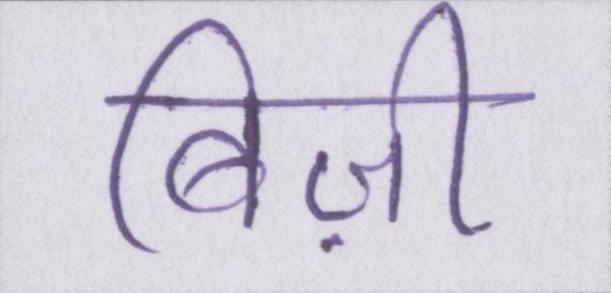
बिज़ी